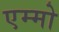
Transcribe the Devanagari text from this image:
एम्मो